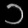
Digit: ၁